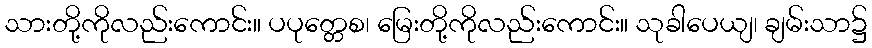
သားတို့ကိုလည်းကောင်း။ ပပုတ္တေစ၊ မြေးတို့ကိုလည်းကောင်း။ သုခါပေယျ၊ ချမ်းသာ၌